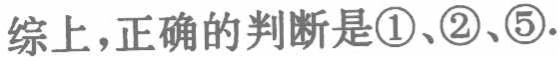
综上，正确的判断是\textcircled{1}、\textcircled{2}、\textcircled{5}.